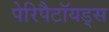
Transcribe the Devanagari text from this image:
पेरिपैटॉयड्स